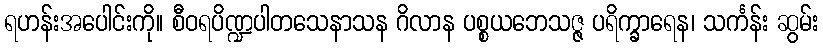
ရဟန်းအပေါင်းကို။ စီဝရပိဏ္ဍပါတသေနာသန ဂိလာန ပစ္စယဘေသဇ္ဇ ပရိက္ခာရေန၊ သင်္ကန်း ဆွမ်း